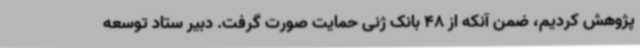
پژوهش کردیم، ضمن آنکه از 48 بانک ژنی حمایت صورت گرفت. دبیر ستاد توسعه